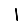
Digit: 1